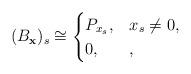
LaTeX: \begin{align*}(B_{\mathbf{x}})_s\cong \begin{cases}P_{x_s}, & x_s\neq 0,\\0, & ,\end{cases}\end{align*}